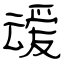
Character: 叆